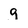
Character: g